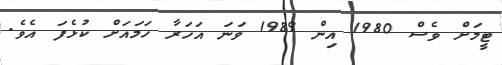
ޓީމަށް ވެސް 1980 އިން 1989 ވަނަ އަހަރާ ހަމައަށް ކުޅެފަ އެވެ.